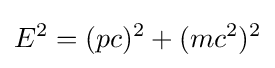
E^{2}=(pc)^{2}+(mc^{2})^{2}